Civil Veterinary Dept. Assam report 1927-50 - 1927-1950
Year: 1927
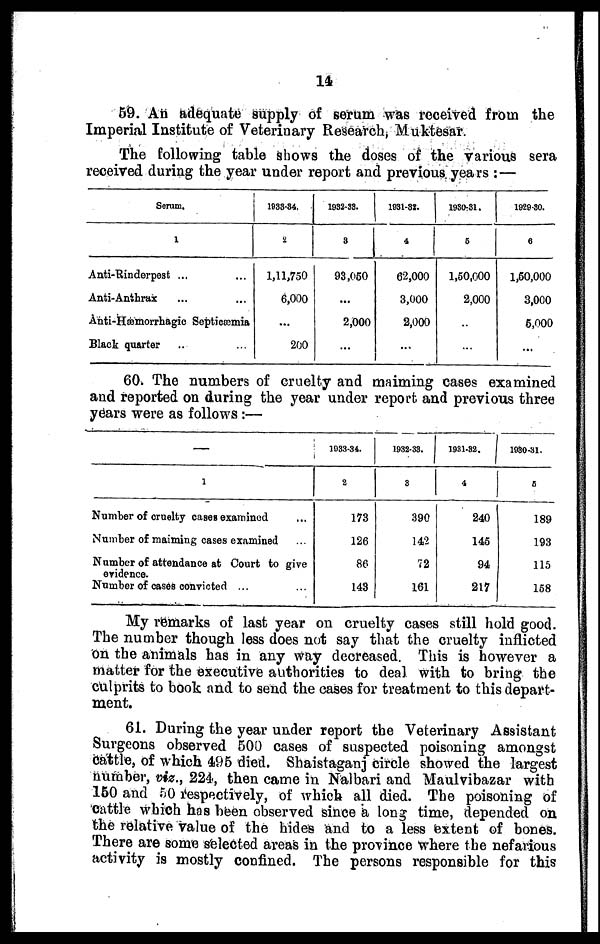
14
59. An adequate supply of serum was received from the
Imperial Institute of Veterinary Research, Muktesar.
The following table shows the doses of the various sera
received during the year under report and previous years : —
Serum.
1
Anti-Rinderpest ... ...
Anti-Anthrax ... ...
Anti-Hæmorrhagic Septicæmia
Black quarter ... ...
1933-34.
2
1,11,750
6,000
...
200
1932-38.
3
93,050
...
2,000
...
1031-St.
4
62,000
3,000
2,000
...
1930-31.
6
1,50,000
2,000
...
...
192930.
6
1,50,000
3,000
5,000
...
60. The numbers of cruelty and maiming cases examined
and reported on during the year under report and previous three
years were as follows :—
—
1
Number of cruelty cases examined ...
Number of maiming cases examined ...
Number of attendance at Court to give
evidence.
Number of cases convicted ... ...
1933-34.
2
173
126
86
143
1932-33.
3
390
142
72
161
1931-32.
4
240
145
94
217
1930-31.
5
189
193
115
158
My remarks of last year on cruelty cases still hold good.
The number though less does not say that the cruelty inflicted
on the animals has in any way decreased. This is however a
matter for the executive authorities to deal with to bring the
culprits to book and to send the cases for treatment to this depart-
ment.
61. During the year under report the Veterinary Assistant
Surgeons observed 500 cases of suspected poisoning amongst
cattle, of which 496 died. Shaistaganj circle showed the largest
number, viz., 224, then came in Nalbari and Maulvibazar with
160 and 50 respectively, of which all died. The poisoning of
cattle which has been observed since a long time, depended on
the relative value of the hides and to a less extent of bones.
There are some selected areas in the province where the nefarious
activity is mostly confined. The persons responsible for this